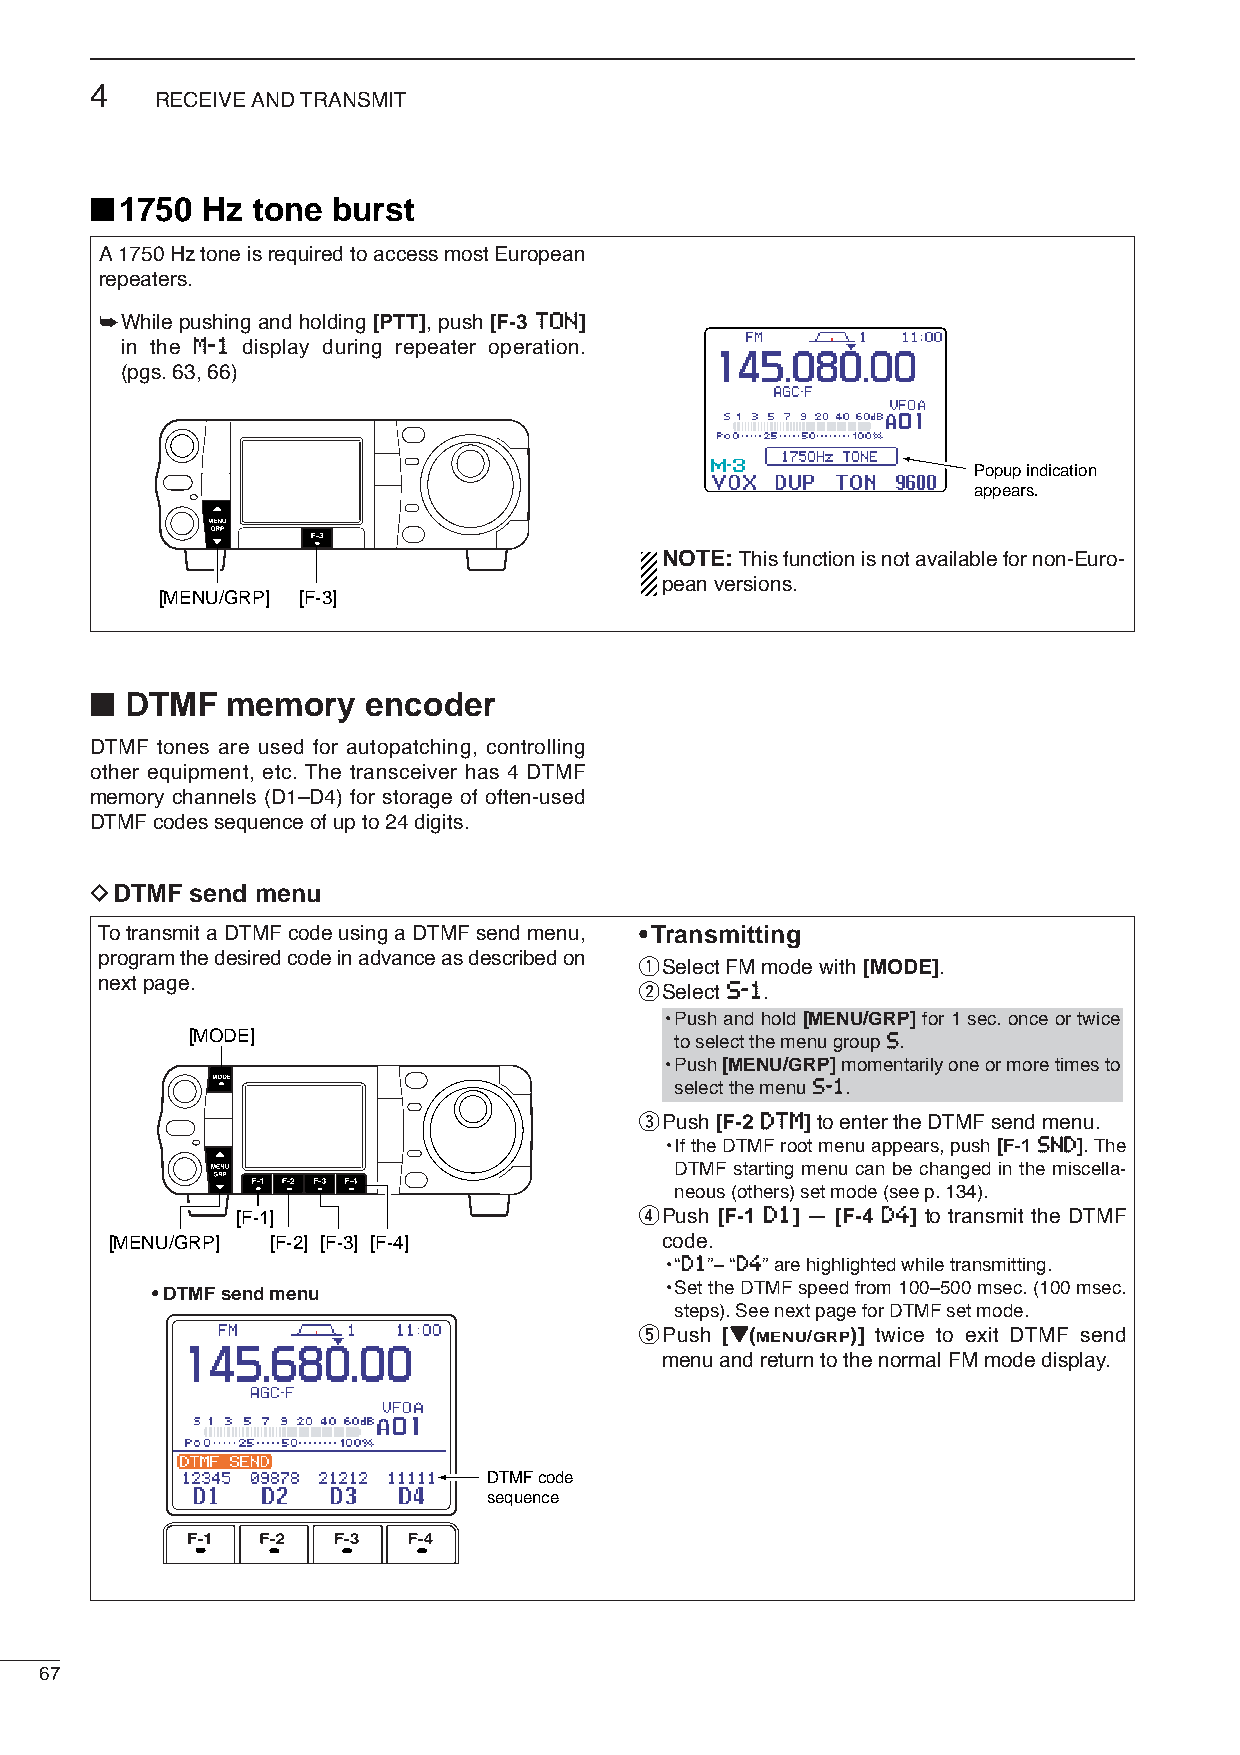
4
 RECEIVE AND TRANSMIT
 ■
 1750 Hz  tone burst
 A1750Hz tone is required to access most European
 repeaters.
 ➥While pushing and holding [PTT], push [F-3 TTOONN]
 in the MM--11 display during repeater operation.
 (pgs.63, 66)
 Popup indication
 appears.
 NOTE: This function is not available for non-Euro-
 pean versions.
 [MENU/GRP] [F-3]
 ■
 DTMF   memory   encoder
 DTMF tones are used for autopatching, controlling
 other equipment, etc. The transceiver has 4 DTMF
 memory channels (D1–D4) for storage of often-used
 DTMF codes sequence of up to 24 digits.
 DDTMF  send menu
 To transmit a DTMF code using a DTMF send menu, •Transmitting
 program the desired code in advance as described on
 qSelect FM mode with [MODE].
 next page.                         wSelect SS--11.
 •Push and hold [MENU/GRP] for 1 sec. once or twice
 [MODE]                           to select the menu group SS.
 •Push [MENU/GRP]momentarily one or more times to
 select the menu SS--11.
 ePush [F-2 DDTTMM]to enterthe DTMF send menu.
 •If the DTMF root menu appears, push [F-1 SSNNDD]. The
 DTMF starting menu can be changed in the miscella-
 neous (others) set mode (see p. 134).
 [F-1]                     rPush [F-1 DD11] — [F-4 DD44] to transmit the DTMF
 [MENU/GRP] [F-2] [F-3] [F-4]         code.
 •“DD11”– “DD44” are highlighted while transmitting.
 • DTMF send menu                  •Set the DTMF speed from 100–500 msec. (100 msec.
 steps). See next page for DTMF set mode.
 tPush [ZZ(MENU/GRP)] twice to exit DTMF send
 menu and return to the normal FM mode display.
 DTMF code
 sequence
 67